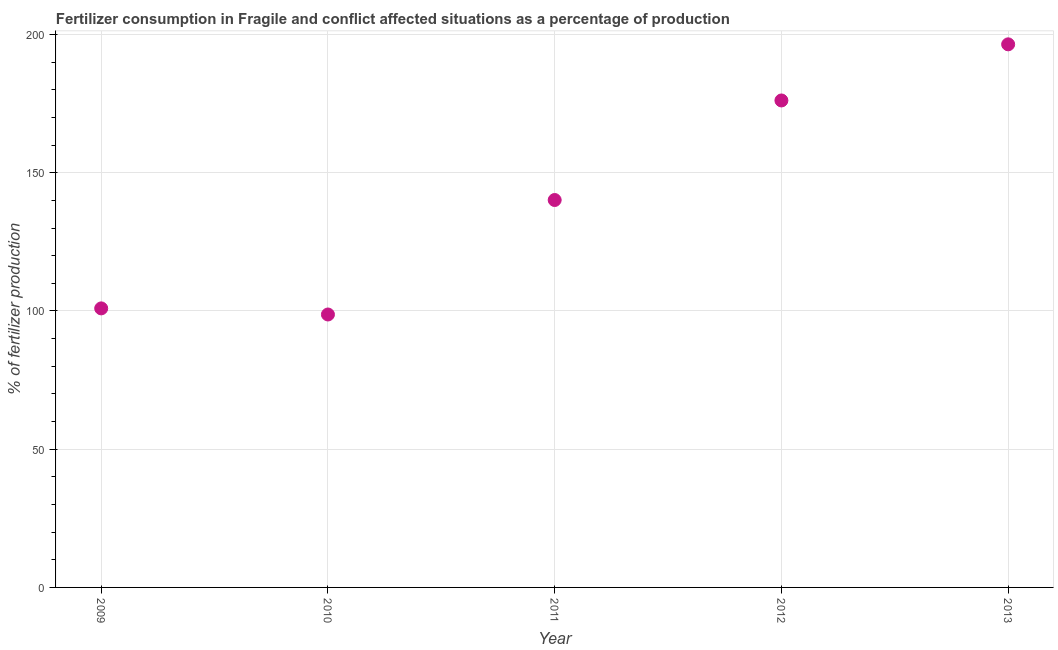
| Year | Fertilizer consumption |
 | --- | --- |
 | 2009 | 101 |
 | 2010 | 98.7 |
 | 2011 | 140 |
 | 2012 | 176 |
 | 2013 | 196 |